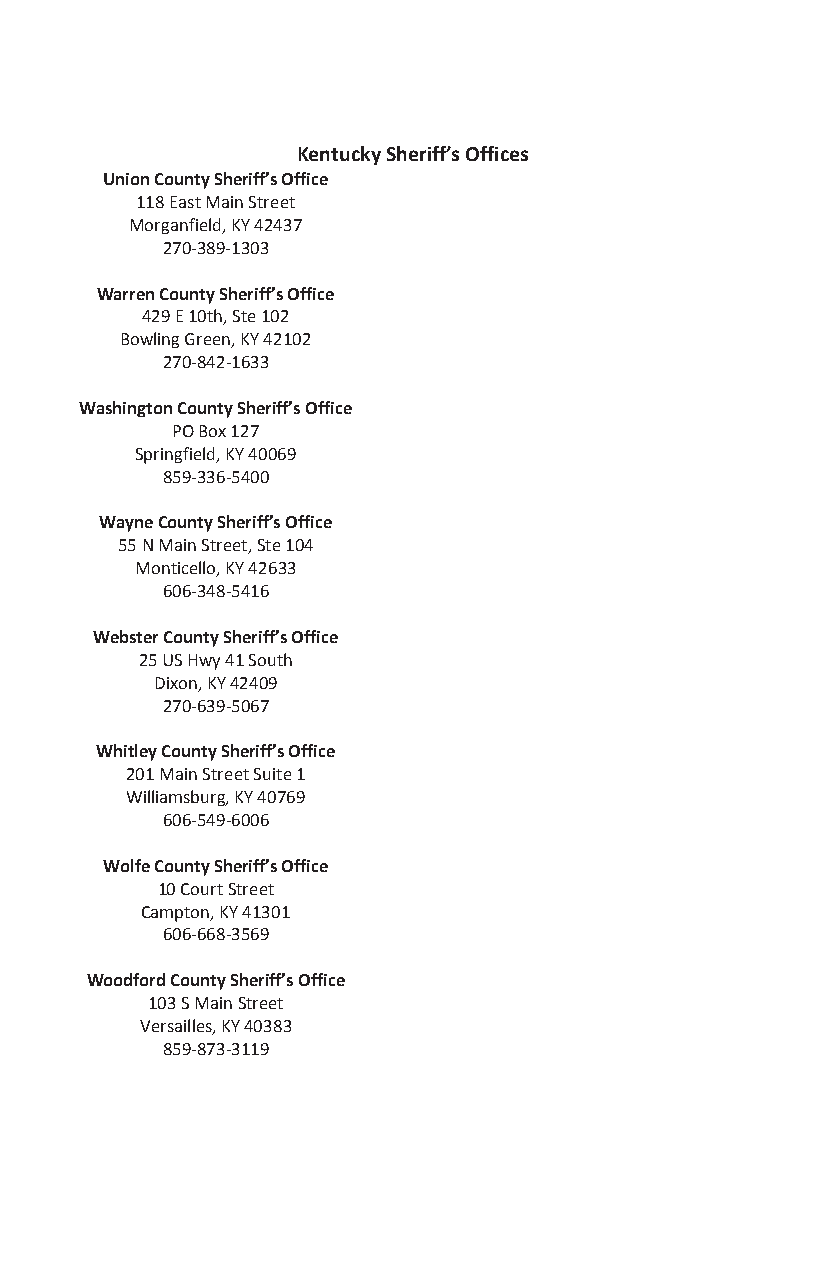
Kentucky Sheriff’s Offices
 Union County Sheriff’s Office
 118 East Main Street
 Morganfield, KY 42437
 270-389-1303
 Warren County Sheriff’s Office
 429 E 10th, Ste 102
 Bowling Green, KY 42102
 270-842-1633
 Washington County Sheriff’s Office
 PO Box 127
 Springfield, KY 40069
 859-336-5400
 Wayne County Sheriff’s Office
 55 N Main Street, Ste 104
 Monticello, KY 42633
 606-348-5416
 Webster County Sheriff’s Office
 25 US Hwy 41 South
 Dixon, KY 42409
 270-639-5067
 Whitley County Sheriff’s Office
 201 Main Street Suite 1
 Williamsburg, KY 40769
 606-549-6006
 Wolfe County Sheriff’s Office
 10 Court Street
 Campton, KY 41301
 606-668-3569
 Woodford County Sheriff’s Office
 103 S Main Street
 Versailles, KY 40383
 859-873-3119